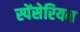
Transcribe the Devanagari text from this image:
स्पेंसेरियन